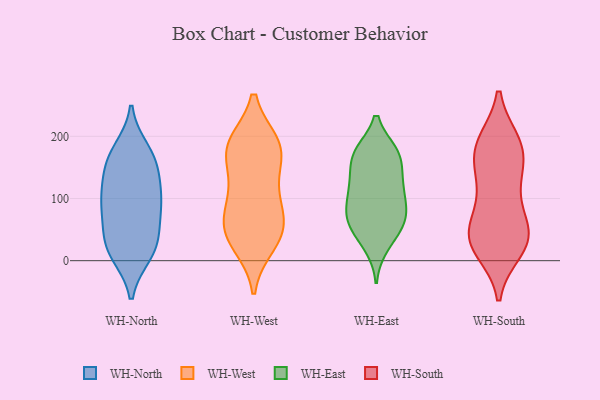
{"axis": {"x": "Conversion Rate (%)", "y": "Value"}, "legend": ["WH-East", "WH-North", "WH-South", "WH-West"], "data": [{"x": "", "y": 177, "type": "WH-North"}, {"x": "", "y": 71, "type": "WH-North"}, {"x": "", "y": 93, "type": "WH-North"}, {"x": "", "y": 93, "type": "WH-North"}, {"x": "", "y": 33, "type": "WH-North"}, {"x": "", "y": 17, "type": "WH-North"}, {"x": "", "y": 42, "type": "WH-North"}, {"x": "", "y": 94, "type": "WH-North"}, {"x": "", "y": 152, "type": "WH-North"}, {"x": "", "y": 108, "type": "WH-North"}, {"x": "", "y": 15, "type": "WH-North"}, {"x": "", "y": 11, "type": "WH-North"}, {"x": "", "y": 165, "type": "WH-North"}, {"x": "", "y": 132, "type": "WH-North"}, {"x": "", "y": 165, "type": "WH-North"}, {"x": "", "y": 184, "type": "WH-West"}, {"x": "", "y": 47, "type": "WH-West"}, {"x": "", "y": 83, "type": "WH-West"}, {"x": "", "y": 187, "type": "WH-West"}, {"x": "", "y": 185, "type": "WH-West"}, {"x": "", "y": 41, "type": "WH-West"}, {"x": "", "y": 110, "type": "WH-West"}, {"x": "", "y": 172, "type": "WH-West"}, {"x": "", "y": 177, "type": "WH-West"}, {"x": "", "y": 119, "type": "WH-West"}, {"x": "", "y": 45, "type": "WH-West"}, {"x": "", "y": 27, "type": "WH-West"}, {"x": "", "y": 67, "type": "WH-West"}, {"x": "", "y": 78, "type": "WH-East"}, {"x": "", "y": 173, "type": "WH-East"}, {"x": "", "y": 74, "type": "WH-East"}, {"x": "", "y": 122, "type": "WH-East"}, {"x": "", "y": 173, "type": "WH-East"}, {"x": "", "y": 104, "type": "WH-East"}, {"x": "", "y": 64, "type": "WH-East"}, {"x": "", "y": 135, "type": "WH-East"}, {"x": "", "y": 168, "type": "WH-East"}, {"x": "", "y": 56, "type": "WH-East"}, {"x": "", "y": 24, "type": "WH-East"}, {"x": "", "y": 79, "type": "WH-East"}, {"x": "", "y": 169, "type": "WH-East"}, {"x": "", "y": 35, "type": "WH-East"}, {"x": "", "y": 63, "type": "WH-East"}, {"x": "", "y": 116, "type": "WH-East"}, {"x": "", "y": 119, "type": "WH-East"}, {"x": "", "y": 173, "type": "WH-East"}, {"x": "", "y": 47, "type": "WH-South"}, {"x": "", "y": 43, "type": "WH-South"}, {"x": "", "y": 19, "type": "WH-South"}, {"x": "", "y": 34, "type": "WH-South"}, {"x": "", "y": 187, "type": "WH-South"}, {"x": "", "y": 140, "type": "WH-South"}, {"x": "", "y": 29, "type": "WH-South"}, {"x": "", "y": 100, "type": "WH-South"}, {"x": "", "y": 164, "type": "WH-South"}, {"x": "", "y": 111, "type": "WH-South"}, {"x": "", "y": 189, "type": "WH-South"}, {"x": "", "y": 188, "type": "WH-South"}, {"x": "", "y": 38, "type": "WH-South"}, {"x": "", "y": 171, "type": "WH-South"}, {"x": "", "y": 42, "type": "WH-South"}]}